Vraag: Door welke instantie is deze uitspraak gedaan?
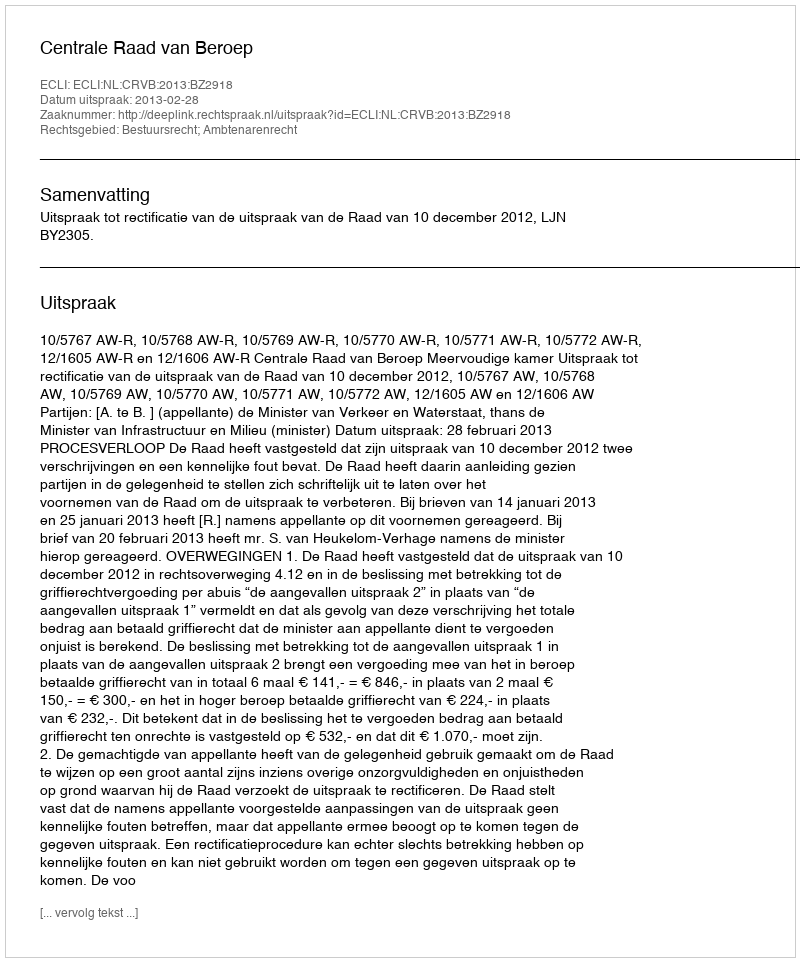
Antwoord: Centrale Raad van Beroep